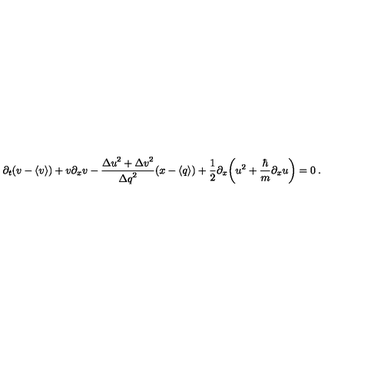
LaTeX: \partial _ { t } ( v - \langle v \rangle ) + v \partial _ { x } v - \frac { { \Delta u } ^ { 2 } + { \Delta v } ^ { 2 } } { { \Delta q } ^ { 2 } } ( x - \langle q \rangle ) + \frac { 1 } { 2 } \partial _ { x } \bigg ( u ^ { 2 } + \frac { \hbar } { m } \partial _ { x } u \bigg ) = 0 \: .